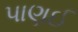
પાણઈ